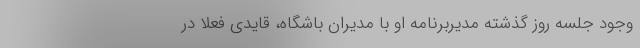
وجود جلسه روز گذشته مدیربرنامه او با مدیران باشگاه، قایدی فعلا در